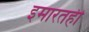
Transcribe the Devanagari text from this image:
इमारतही